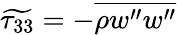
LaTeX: \widetilde{\tau_{33}}=-\overline{{\rho w^{\prime\prime}w^{\prime\prime}}}